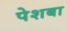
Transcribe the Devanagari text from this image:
पेशबा